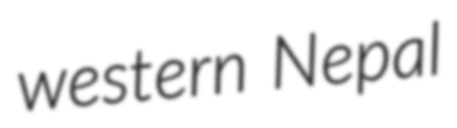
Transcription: western Nepal